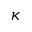
\kappa